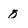
Character: 0